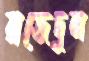
রাজেদুল